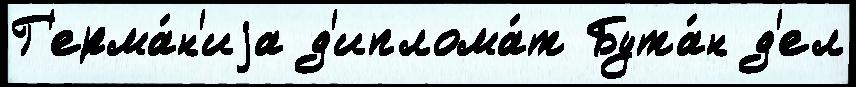
Г'ерма́н'иjа д'иплома́т Бута́н д'ел